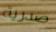
صدرية